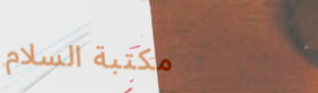
مكتبة السلام